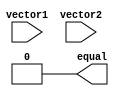
module comparator_64bit (
    input [63:0] vector1,
    input [63:0] vector2,
    output equal
);

wire [63:0] results;

assign results = vector1 == vector2;

assign equal = &results;

endmodule